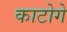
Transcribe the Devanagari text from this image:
काटोगे